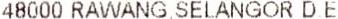
48000 RAWANG, SELANGOR D E